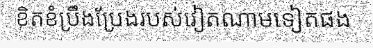
ខិតខំប្រឹងប្រែងរបស់វៀតណាមទៀតផង